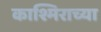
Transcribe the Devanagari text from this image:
काश्मिराच्या